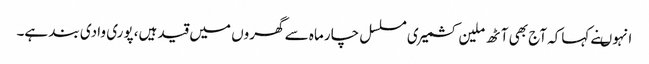
انہوںنے کہاکہ آج بھی آٹھ ملین کشمیری مسلسل چار ماہ سے گھروں میں قید ہیں، پوری وادی بند ہے۔